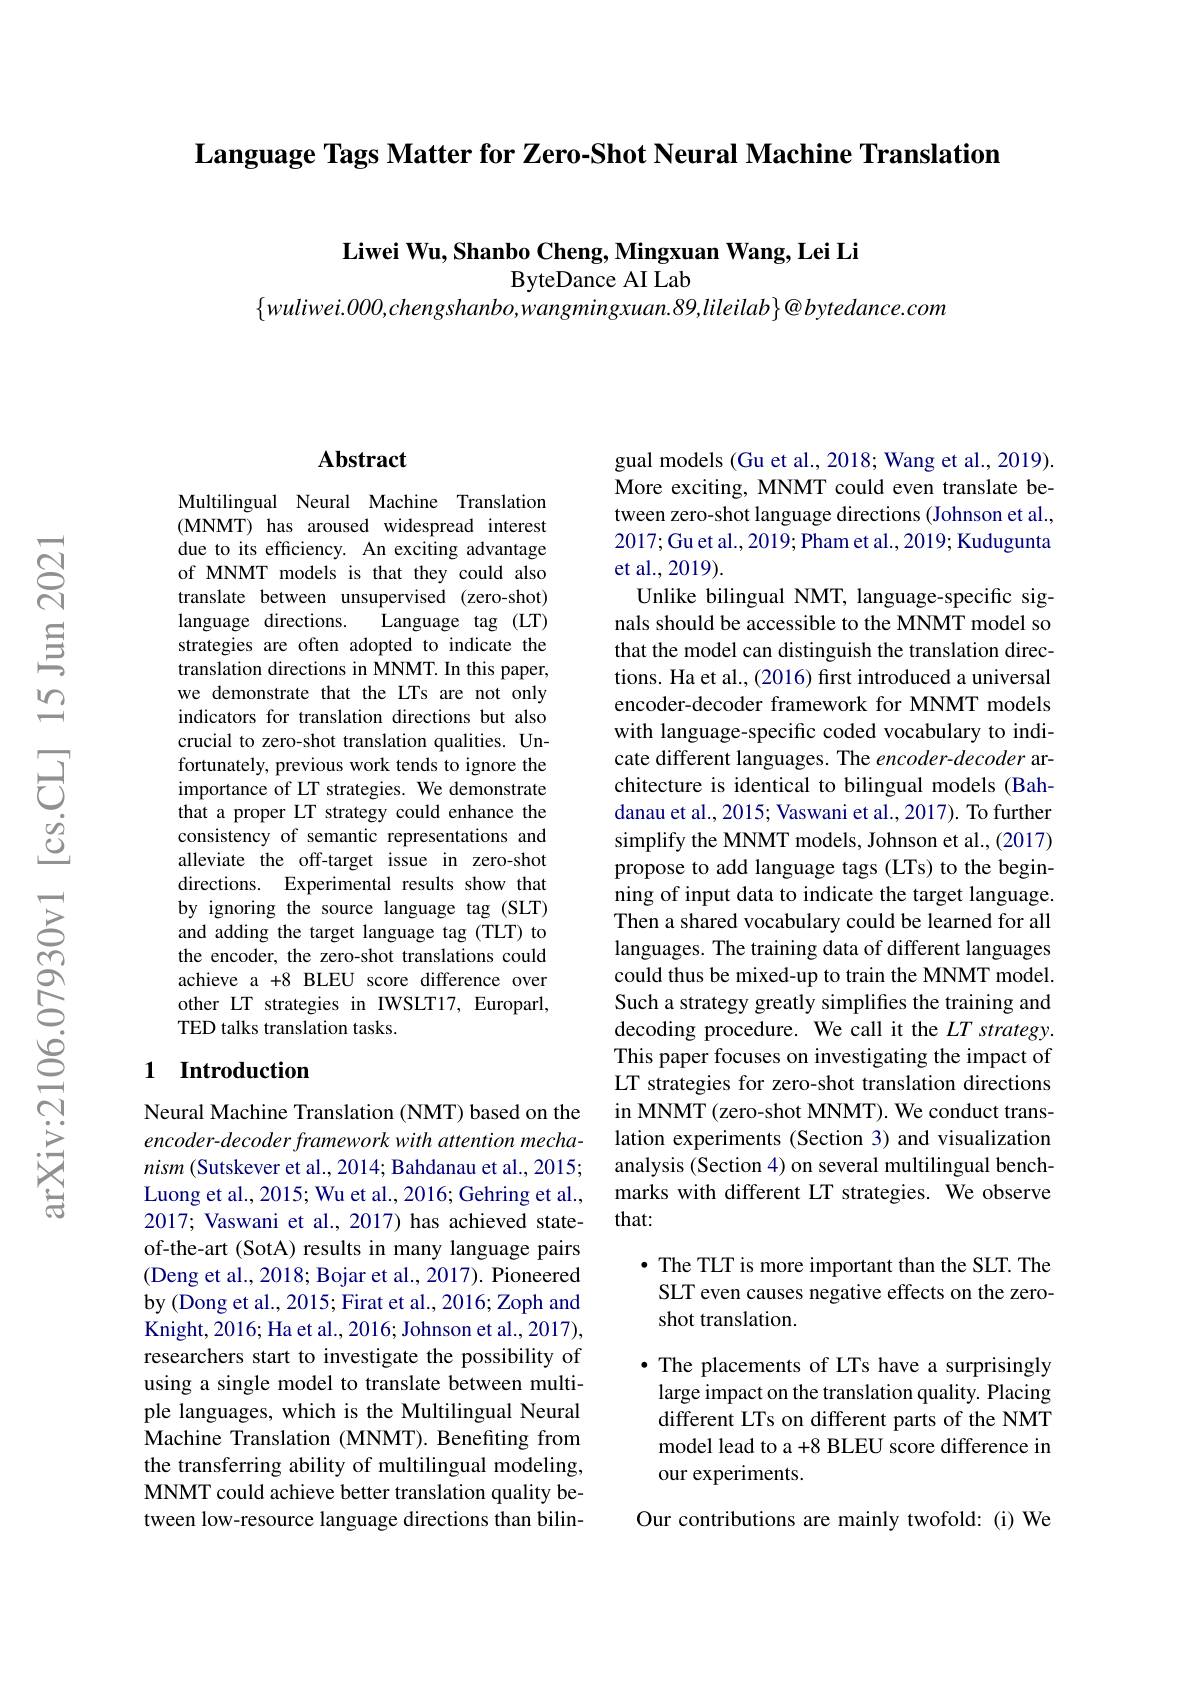
Language Tags Matter for Zero-Shot Neural Machine Translation

Liwei Wu, Shanbo Cheng, Mingxuan Wang, Lei Li

ByteDance AI Lab

$\{wuliwei.000,chengshanbo,wangmingxuan.89,lileilab\}@bytedance.com$

### $\mathbf{Abstract}$

Multilingual Neural Machine Translation (MNMT) has aroused widespread interest due to its efficiency. An exciting advantage of MNMT models is that they could also translate between unsupervised (zero-shot) language directions.
Language tag (LT)
strategies are often adopted to indicate the translation directions in MNMT. In this paper, we demonstrate that the LTs are not only indicators for translation directions but also crucial to zero-shot translation qualities. Unfortunately, previous work tends to ignore the importance of LT strategies. We demonstrate that a proper LT strategy could enhance the consistency of semantic representations and alleviate the off-target issue in zero-shot directions. Experimental results show that by ignoring the source language tag (SLT) and adding the target language tag (TLT) to the encoder, the zero-shot translations could achieve a +8 BLEU score difference over other LT strategies in IWSLT17, Europarl, TED talks translation tasks.

## 1 Introduction

Neural Machine Translation (NMT) based on the encoder- decoder framework with attention mechanism (Sutskever et al., 2014; Bahdanau et al., 2015; Luong et al., 2015; Wu et al., 2016; Gehring et al., 2017; Vaswani et al., 2017) has achieved stateof-the-art (SotA) results in many language pairs (Deng et al., 2018; Bojar et al., 2017). Pioneered by (Dong et al., 2015; Firat et al., 2016; Zoph and Knight, 2016; Ha et al., 2016; Johnson et al., 2017), researchers start to investigate the possibility of using a single model to translate between multiple languages, which is the Multilingual Neural Machine Translation (MNMT). Benefiting from the transferring ability of multilingual modeling, MNMT could achieve better translation quality between low-resource language directions than bilin-

gual models (Gu et al., 2018; Wang et al., 2019). More exciting, MNMT could even translate between zero-shot language directions (Johnson et al., 2017; Gu et al., 2019; Pham et al., 2019; Kudugunta et al., 2019).
Unlike bilingual NMT, language-specific signals should be accessible to the MNMT model so that the model can distinguish the translation directions. Ha et al., (2016) first introduced a universal encoder-decoder framework for MNMT models with language-specific coded vocabulary to indicate different languages. The encoder-decoder architecture is identical to bilingual models (Bahdanau et al., 2015; Vaswani et al., 2017). To further simplify the MNMT models, Johnson et al., (2017) propose to add language tags (LTs) to the beginning of input data to indicate the target language. Then a shared vocabulary could be learned for all languages. The training data of different languages could thus be mixed-up to train the MNMT model. Such a strategy greatly simplifies the training and decoding procedure. We call it the $LT$ strategy. This paper focuses on investigating the impact of LT strategies for zero-shot translation directions in MNMT (zero-shot MNMT). We conduct translation experiments (Section 3) and visualization analysis (Section 4) on several multilingual benchmarks with different LT strategies. We observe that:

$\bullet$ The TLT is more important than the SLT. The SLT even causes negative effects on the zeroshot translation.

· The placements of LTs have a surprisingly large impact on the translation quality. Placing different LTs on different parts of the NMT model lead to a +8 BLEU score difference in our experiments.

Our contributions are mainly twofold: (i) We